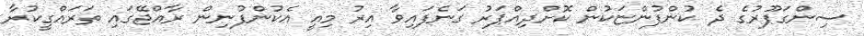
ސިންގަޕޫރުގެ ދެ ކުންފުންޏަކުން ކޮށްދިއްޕަރު ގަނެފައިވާ އިރު މިއީ އެކުންފުނިން ރާއްޖޭގައި ތަރައްގީކުރާ